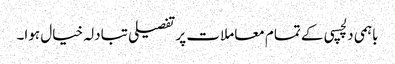
باہمی دلچسپی کے تمام معاملات پر تفصیلی تبادلہ خیال ہوا۔